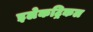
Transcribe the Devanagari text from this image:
इलेकट्रिकल